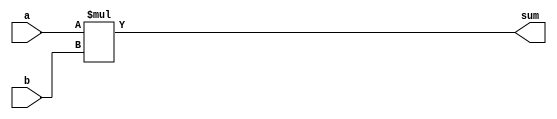
`timescale 1ns / 1ps
//////////////////////////////////////////////////////////////////////////////////
// Company: 
// Engineer: 
// 
// Design Name: 
// Module Name:    adder 
// Project Name: 
// Target Devices: 
// Tool versions: 
// Description: 
//
// Dependencies: 
//
// Revision: 
// Revision 0.01 - File Created
// Additional Comments: 
//
//////////////////////////////////////////////////////////////////////////////////
module adder_8(a,b,sum); 
	input [3:0] a,b; 
	output [7:0] sum;
	assign sum = a*b; 
endmodule